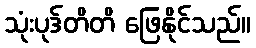
သုံးပုဒ်တိတိ ဖြေနိုင်သည်။